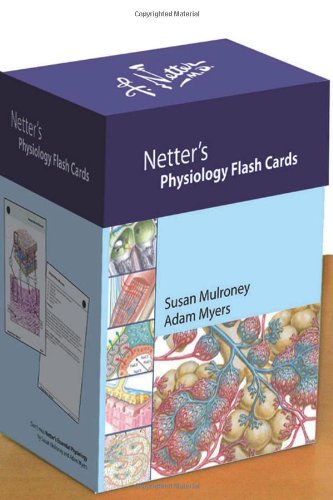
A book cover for Netter's Physiology Flash Cards, 1e (Netter Basic Science); Susan Mulroney PhD; Test Preparation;